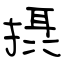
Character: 摂